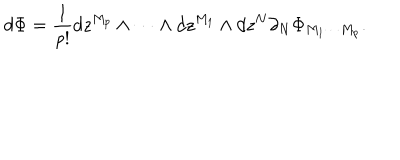
d \Phi = \frac { 1 } { p ! } d z ^ { M _ { p } } \wedge \cdots \wedge d z ^ { M _ { 1 } } \wedge d z ^ { N } \partial _ { N } \Phi _ { M _ { 1 } \cdots M _ { p } } .